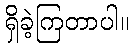
ရှိခဲ့ကြတာပါ။